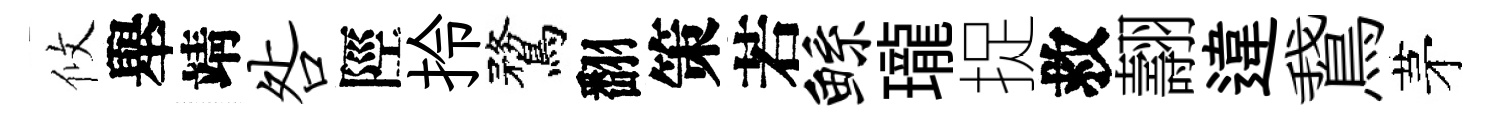
攸舉靖咎陘拎鶩翻策若鲧瓏捉救翿違鵞茅